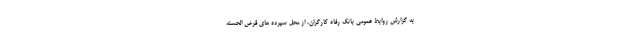
به گزارش روابط عمومی بانک رفاه کارگران، از محل سپرده های قرض الحسنه